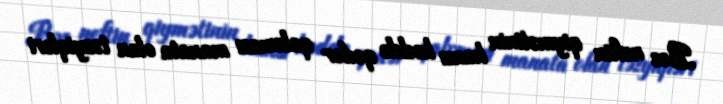
Bəs neftin qiymətinin hansı həddə qədər qalxması manata olan təzyiqləri